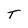
Character: T